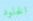
الخلود